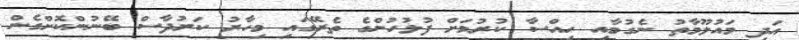
އަދި މައުލޫމާތު ނެގުމާއި ހިއްސާ ކުރުމަށް ފުލުހުންގެ ތެރޭގައި މިހާރު ކަރުދާސް ބޭނުންކޮށްގެން